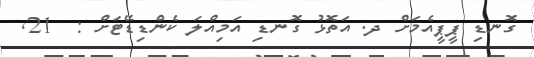
ގޮނޑި ޕީޕީއެމަށް ދ. އަތޮޅު ގޮނޑި އަމިއްލަ ކެންޑިޑޭޓަށް :  21